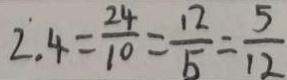
2 . 4 = \frac { 2 4 } { 1 0 } = \frac { 1 2 } { 5 } = \frac { 5 } { 1 2 }